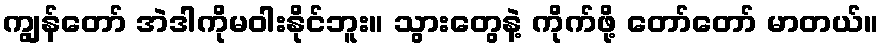
ကျွန်တော် အဲဒါကိုမဝါးနိုင်ဘူး။ သွားတွေနဲ့ ကိုက်ဖို့ တော်တော် မာတယ်။